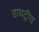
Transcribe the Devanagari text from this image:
डायट्रीच